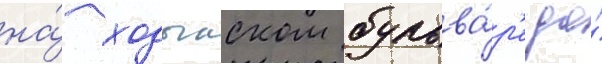
на́ ходынском бульва́р'е до́